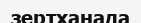
зертханада